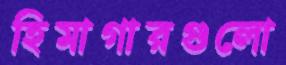
হিমাগারগুলো